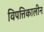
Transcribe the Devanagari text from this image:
विपत्तिकालीन